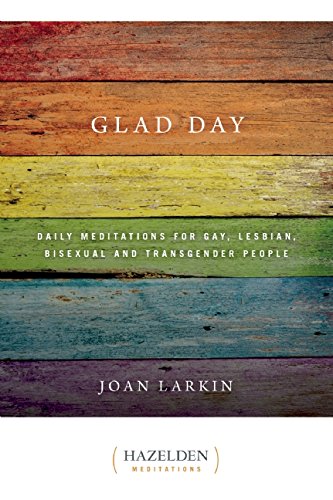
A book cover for Glad Day Daily Affirmations: Daily Meditations for Gay, Lesbian, Bisexual, and Transgender People; Joan Larkin; Gay & Lesbian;